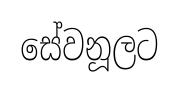
සේවනූලට